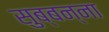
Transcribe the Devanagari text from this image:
सुब्बन्ना